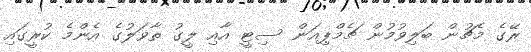
ރޭގެ މެޗުން ބަލިވުމުން ޗެމްޕިއަން ސިޓީ އާއި ލީގު ތާވަލުގެ އެންމެ ކުރީގައި